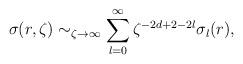
LaTeX: \begin{align*}\sigma(r,\zeta)\sim_{\zeta\to\infty}\sum_{l=0}^\infty\zeta^{-2d+2-2l}\sigma_l(r),\end{align*}